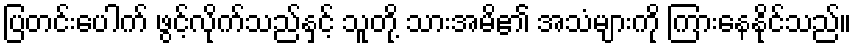
ပြတင်းပေါက် ဖွင့်လိုက်သည်နှင့် သူတို့ သားအမိ၏ အသံများကို ကြားနေနိုင်သည်။